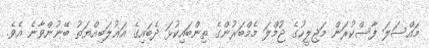
މައްސަލަ ފާސްކުރަން މަޖިލީހުގެ ޖުމްލަ މެމްބަރުންގެ ތިންބައިކުޅަ ދެބައިގެ އަޣުލަބިއްޔަތު ބޭނުންވާނެ އެވެ.